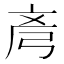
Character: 𫸲